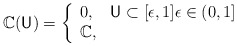
\begin{align*} \mathbb C(\mathsf U) = \left\{ \begin{array}{ll} 0, & \mathsf U \subset [\epsilon ,1] \epsilon \in (0,1] \\ \mathbb C, & \end{array} \right.\end{align*}